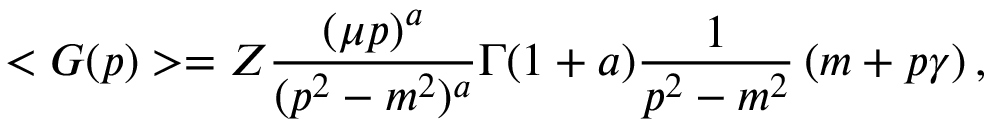
< G ( p ) > = Z \frac { ( \mu p ) ^ { a } } { ( p ^ { 2 } - m ^ { 2 } ) ^ { a } } \Gamma ( 1 + a ) \frac { 1 } { p ^ { 2 } - m ^ { 2 } } \left( m + p \gamma \right) ,